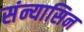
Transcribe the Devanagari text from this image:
संन्यासिन